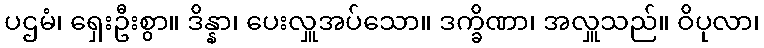
ပဌမံ၊ ရှေးဦးစွာ။ ဒိန္နာ၊ ပေးလှူအပ်သော။ ဒက္ခိဏာ၊ အလှူသည်။ ဝိပုလာ၊